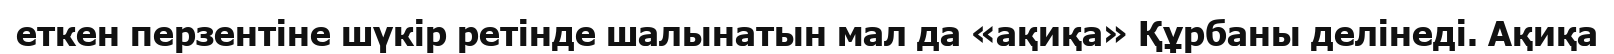
еткен перзентіне шүкір ретінде шалынатын мал да «ақиқа» Құрбаны делінеді. Ақиқа